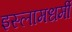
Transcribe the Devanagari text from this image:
इस्लामधर्मी